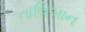
તાલિબાન